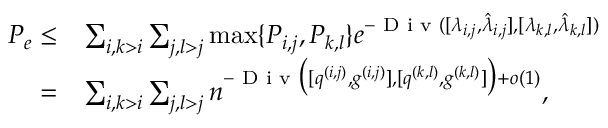
\begin{array} { r l } { P _ { e } \leq } & { \sum _ { i , k > i } \sum _ { j , l > j } \operatorname* { m a x } \{ P _ { i , j } , P _ { k , l } \} e ^ { - \textup { D i v } ( [ { \lambda _ { i , j } } , { \hat { \lambda } _ { i , j } } ] , [ { \lambda _ { k , l } } , { \hat { \lambda } _ { k , l } } ] ) } } \\ { = } & { \sum _ { i , k > i } \sum _ { j , l > j } n ^ { - \textup { D i v } \big ( [ { q ^ { ( i , j ) } } , { g ^ { ( i , j ) } } ] , [ { q ^ { ( k , l ) } } , { g ^ { ( k , l ) } } ] \big ) + o ( 1 ) } , } \end{array}